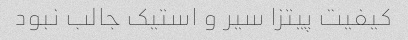
کیفیت پیتزا سیر و استیک‌ جالب نبود